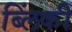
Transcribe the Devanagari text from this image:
ब्लिंकी